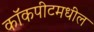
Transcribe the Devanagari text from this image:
कॉकपीटमधील